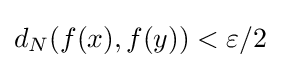
d_{N}(f(x),f(y))<\varepsilon /2